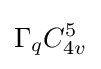
\Gamma _{q}C_{4v}^{5}